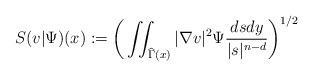
LaTeX: \begin{align*} S(v|\Psi)(x):=\bigg (\iint_{\widehat \Gamma(x)}|\nabla v|^2\Psi \frac{dsdy}{|s|^{n-d}}\bigg )^{1/2}\end{align*}